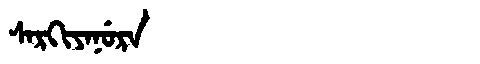
Manchu: ᠰᠠᡵᡴᡳᠶᠠᠨᡠᡵᠠ
Romanization: SARKIYANURA